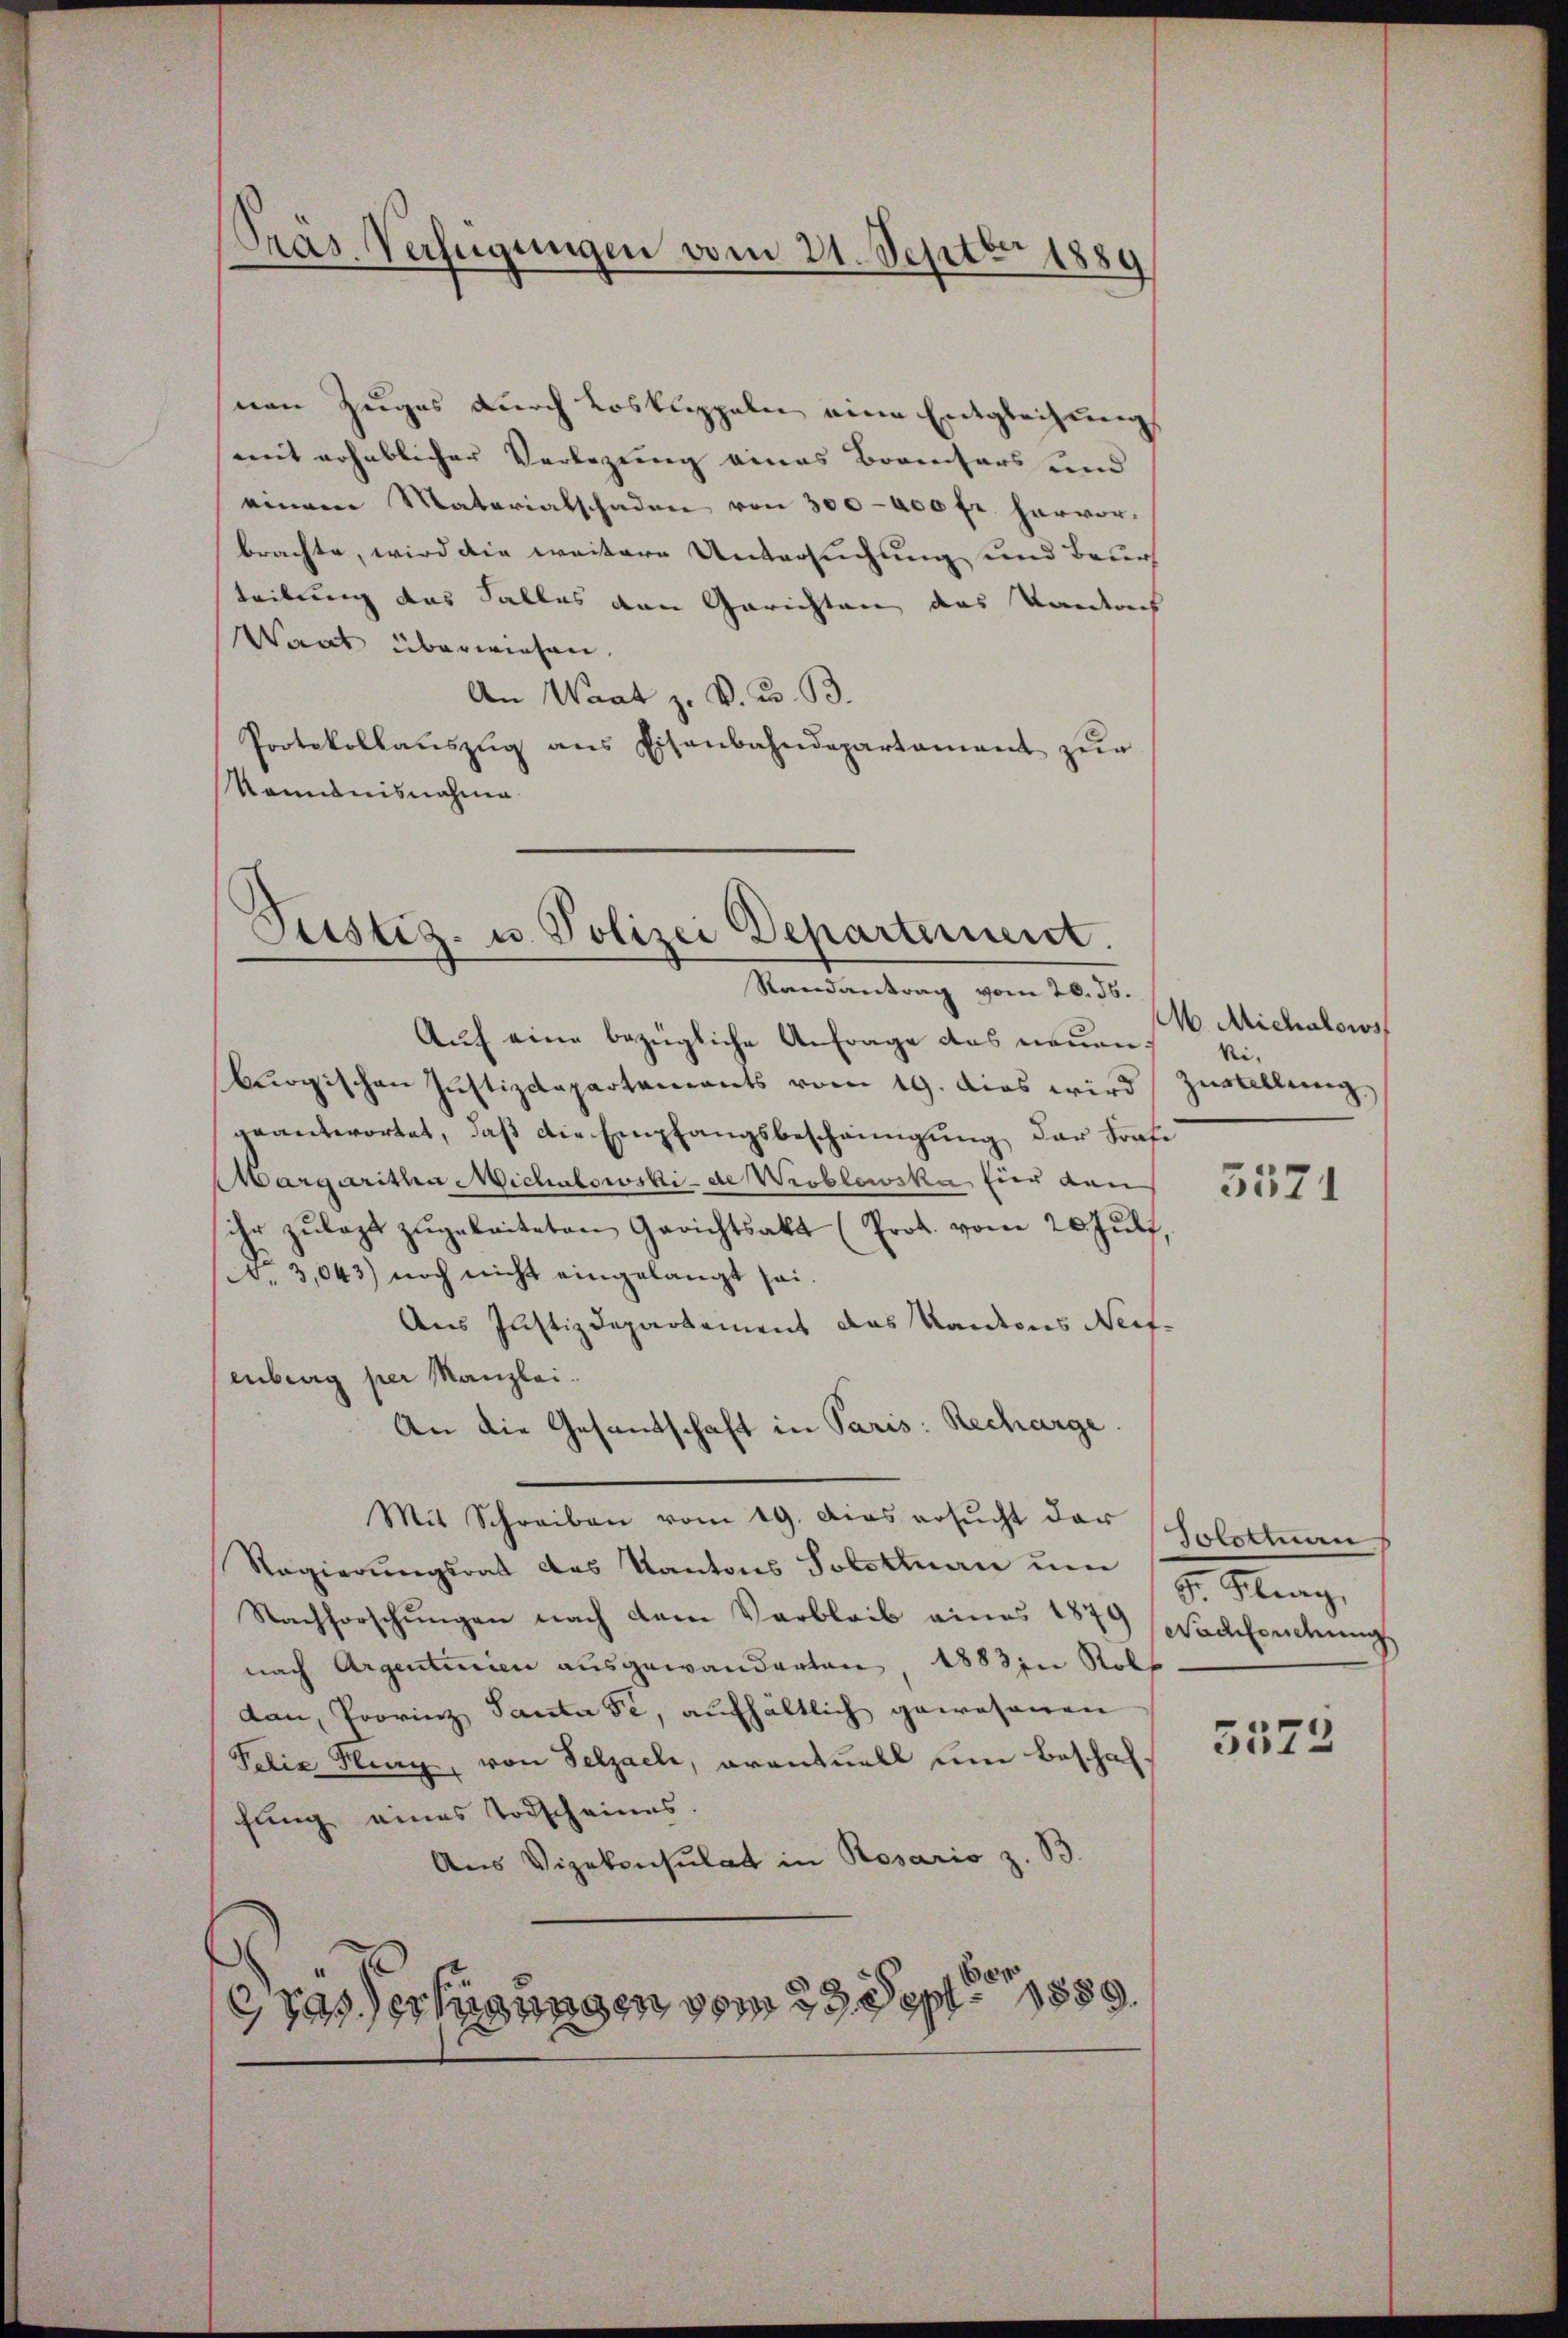
Randantrag vom 20. 36.
Auf eine bezügliche Anfrage des neuen.
bergischen Justizdepartaments vom 19. dies wird Zŭrallung
geantwortet, daß die Empfangsbescheinigung der Trafi
Margaritha Michalowski - de Werblewike Eier dan
ihr zŭlagt zŭgeleiteten Gerichtsakt (Prot. vom 20. Jŭli,
No 3,043) noch nicht eingelangt sei.
Aus Justizdepartement das Kantons Neif-
enberig per Manzlei.
An die Gesandtschaft in Paris: Recharge
Mit Schreiben vom 19. Das ersŭcht der Solottan
Regierŭngsrat des Kantons Solothurn um 4. Frag
Nachforschŭngen nach dem Verbleib eines 1879 Nachsendung
nach Argentinien ausgewanderten 1883 in Roll
dan, Provinz Santa se, aufhältlich gewesenen
Felix Kling, von Selzach, oventuell um Beschaffung eines Todscheines.
Aus Vizekonsulat in Rosario z. B.
c das Verfügungen vom 23. Sept. 1889.

Pras Verfügungen vom 21. Sept 1889

nen Zuges durch Loskuppeln eine Entgleichung
mit erheblicher Verlegung eines Brancsars und
einem Matariatschaden von 300 - 400 fr. hervor.
brachte, wird die weitere Untersuchung und Beur
teibung das Falles den Gerichten das Vandach
Waat überwiesen.
An Waat z. B. G. B.
Protokollaŭszŭg ans Eisenbahndepartamant zŭr
känntnisnahme.

Justiz- u. Polizei Departement.

M. Michalows
Ni-

3571

5573